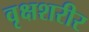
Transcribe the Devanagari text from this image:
वृक्षशरीर